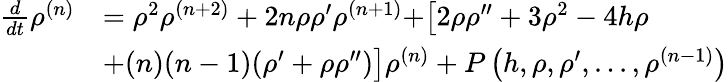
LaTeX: \begin{array}{rl}{\frac{d}{dt}\rho^{(n)}}&{=\rho^{2}\rho^{(n+2)}+2n\rho\rho^{\prime}\rho^{(n+1)}+\bigr[2\rho\rho^{\prime\prime}+3\rho^{2}-4h\rho}\\ &{+(n)(n-1)(\rho^{\prime}+\rho\rho^{\prime\prime})\bigl]\rho^{(n)}+P\left(h,\rho,\rho^{\prime},...,\rho^{(n-1)}\right)}\end{array}